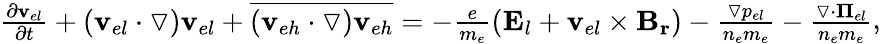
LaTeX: \begin{array}{r}{\frac{\partial\mathbf{v}_{el}}{\partial t}+(\mathbf{v}_{el}\cdot\triangledown)\mathbf{v}_{el}+\overline{{(\mathbf{v}_{eh}\cdot\triangledown)\mathbf{v}_{eh}}}=-\frac{e}{m_{e}}(\mathbf{E}_{l}+\mathbf{v}_{el}\times\mathbf{B_{r}})-\frac{\triangledown p_{el}}{n_{e}m_{e}}-\frac{\triangledown\cdot{\mathbf\Pi}_{el}}{n_{e}m_{e}}}\end{array},